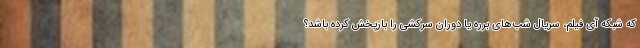
که شبکه آی فیلم، سریال شب‌های برره یا دوران سرکشی را بازپخش کرده باشد؟